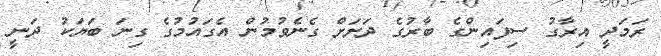
ރަމަދީ އިރާގު ސިފައިންގެ ބާރުގެ ދަށަށް ގެނެވުމުން އެގައުމުގެ ގިނަ ބަޔަކު ދަނީ